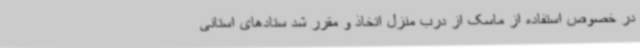
در خصوص استفاده از ماسک از درب منزل اتخاذ و مقرر شد ستادهای استانی